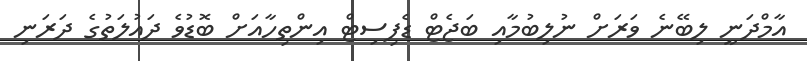
އާމްދަނީ ލިބޭނެ ވަރަށް ނުލިބުމާއި ބަޖެޓް ޑެފިސިޓް އިންތިހާއަށް ބޮޑުވެ ދައުލަތުގެ ދަރަނި